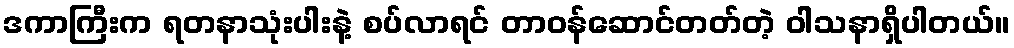
ဒကာကြီးက ရတနာသုံးပါးနဲ့ စပ်လာရင် တာဝန်ဆောင်တတ်တဲ့ ဝါသနာရှိပါတယ်။